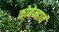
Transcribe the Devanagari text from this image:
कोबेन्हावं